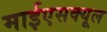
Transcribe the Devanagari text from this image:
माईएसक्यूल